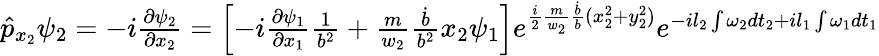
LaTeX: \begin{array}{r}{\hat{p}_{x_{2}}\psi_{2}=-i\frac{\partial\psi_{2}}{\partial x_{2}}=\left[-i\frac{\partial\psi_{1}}{\partial x_{1}}\frac{1}{b^{2}}+\frac{m}{w_{2}}\frac{\dot{b}}{b^{2}}x_{2}\psi_{1}\right]e^{\frac{i}{2}\frac{m}{w_{2}}\frac{\dot{b}}{b}(x_{2}^{2}+y_{2}^{2})}e^{-il_{2}\int\omega_{2}dt_{2}+il_{1}\int\omega_{1}dt_{1}}}\end{array}